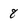
Character: 8